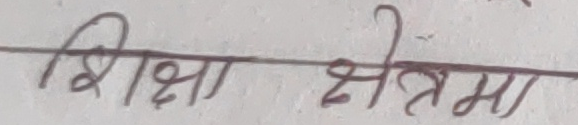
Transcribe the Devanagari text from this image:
शिक्षा क्षेत्रमा